Vaccination United Provinces of Agra and Oudh 1914-1922 - 1914-1922
Year: 1914
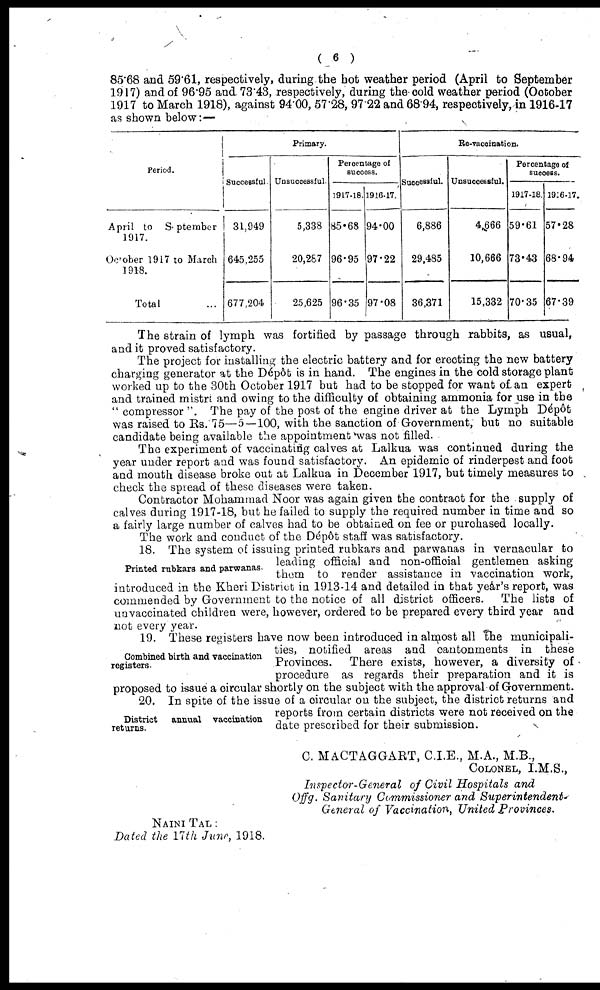
( 6 )
85.68 and 59.61, respectively, during the hot weather period (April to September
1917) and of 96.95 and. 73.43, respectively, during the cold weather period (October
1917 to March 1918), against 94.00, 57.28, 97.22 and 68.94, respectively, in 1916-17
as shown below:—
Period.
April to September
1917.
October 1917 to March
1918.
Total ...
Primary.
Successful
31,949
645,255
677,204
Unsuccessful.
5,338
20,287
25,625
Percentage of
success.
1917-18.
85.68
96.95
96.35
1916-17.
94.00
97.22
97.08
Re-vaccination.
Successful.
6,886
29,485
36,371
Unsuccessful.
4,666
10,666
15,332
Percentage of
success.
1917-18.
59.61
73.43
70.35
1916-17.
57.28
68.94
67.39
The strain of lymph was fortified by passage through rabbits, as usual,
and it proved satisfactory.
The project for installing the electric battery and for erecting the new battery
charging generator at the Dépôt is in hand. The engines in the cold storage plant
worked up to the 30th October 1917 but had to be stopped for want of an expert
and trained mistri and owing to the difficulty of obtaining ammonia for use in the
" compressor ". The pay of the post of the engine driver at the Lymph Dépôt
was raised to Rs. 75—5—100, with the sanction of Government, but no suitable
candidate being available the appointment was not filled.
The experiment of vaccinating calves at Lalkua was continued during the
year under report and was found satisfactory. An epidemic of rinderpest and foot
and mouth disease broke out at Lalkua in December 1917, but timely measures to
check the spread of these diseases were taken.
Contractor Mohammad Noor was again given the contract for the supply of
calves during 1917-18, but he failed to supply the required number in time and so
a fairly large number of calves had to be obtained on fee or purchased locally.
The work and conduct of the Dépôt staff was satisfactory.
Printed rubkars and parwanas.
18. The system of issuing printed rubkars and parwanas in vernacular to
leading official and non-official gentlemen asking
them to render assistance in vaccination work,
introduced in the Kheri District in 1913-14 and detailed in that year's report, was
commended by Government to the notice of all district officers.
The lists of
unvaccinated children were, however, ordered to be prepared every third year and
not every year.
Combined birth and vaccination
registers.
19. These registers have now been introduced in almost all the municipali-
ties, notified areas and cantonments in these
Provinces. There exists, however, a diversity of
procedure as regards their preparation and it is
proposed to issue a circular shortly on the subject with the approval of Government.
District
annual vaccination
returns.
20. In spite of the issue of a circular on the subject, the district returns and
reports from certain districts were not received on the
date prescribed for their submission.
C. MACTAGGART, C.I.E., M.A., M.B.,
COLONEL, I.M.S.,
Inspector-General of Civil Hospitals and
Offg. Sanitary Commissioner and Superintendent
General of Vaccination, United Provinces.
NAINI TAL :
Dated the 17th June, 1918.